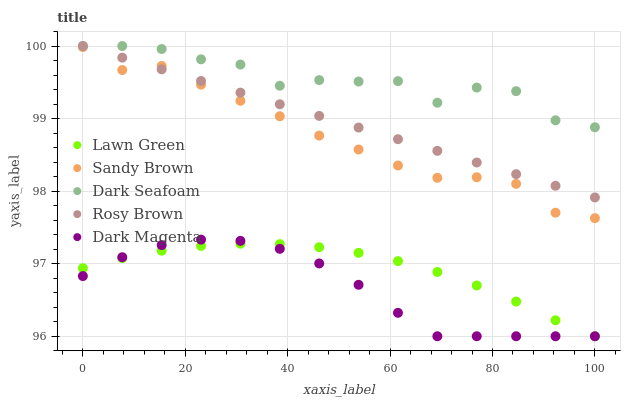
| xaxis_label | Lawn Green | Sandy Brown | Dark Seafoam | Rosy Brown | Dark Magenta |
 | --- | --- | --- | --- | --- | --- |
 | 0 | 96.9 | 100 | 100 | 100 | 96.8 |
 | 7.69 | 97.1 | 99.7 | 100 | 99.8 | 97.1 |
 | 15.4 | 97.2 | 99.7 | 100 | 99.7 | 97.3 |
 | 23.1 | 97.2 | 99.5 | 99.8 | 99.5 | 97.3 |
 | 30.8 | 97.3 | 99.2 | 99.7 | 99.4 | 97.3 |
 | 38.5 | 97.3 | 99 | 99.5 | 99.2 | 97.2 |
 | 46.2 | 97.2 | 98.8 | 99.5 | 99 | 97 |
 | 53.8 | 97.1 | 98.6 | 99.5 | 98.9 | 96.7 |
 | 61.5 | 97 | 98.4 | 99.5 | 98.7 | 96.3 |
 | 69.2 | 96.9 | 98.2 | 99.2 | 98.6 | 96 |
 | 76.9 | 96.7 | 98.2 | 99.4 | 98.4 | 96 |
 | 84.6 | 96.5 | 98.1 | 99.4 | 98.2 | 96 |
 | 92.3 | 96.2 | 97.7 | 99 | 98.1 | 96 |
 | 100 | 96 | 97.6 | 98.9 | 97.9 | 96 |